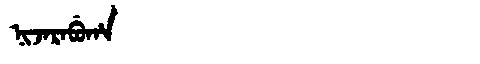
Manchu: ᠨᡳᠵᠠᡵᠠᠪᡠᡥᠠ
Romanization: NIJARABUHA